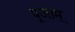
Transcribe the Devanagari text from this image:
पूजाम्